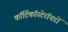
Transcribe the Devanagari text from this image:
कॉर्टिकॉस्टेरॉयडों